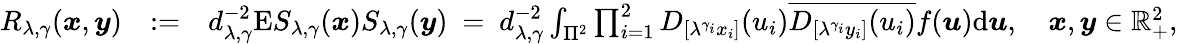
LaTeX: \begin{array}{rlr}{R_{\lambda,\gamma}(\boldsymbol{x},\boldsymbol{y})}&{:=}&{d_{\lambda,\gamma}^{-2}\mathrm ES_{\lambda,\gamma}(\boldsymbol{x})S_{\lambda,\gamma}(\boldsymbol{y})\ =\ d_{\lambda,\gamma}^{-2}\int_{\Pi^{2}}\prod_{i=1}^{2}D_{[\lambda^{\gamma_{i}}x_{i}]}(u_{i})\overline{{D_{[\lambda^{\gamma_{i}}y_{i}]}(u_{i})}}f(\boldsymbol{u})\mathrm d\boldsymbol{u},\quad\boldsymbol{x},\boldsymbol{y}\in\mathbb{R}_{+}^{2},}\end{array}